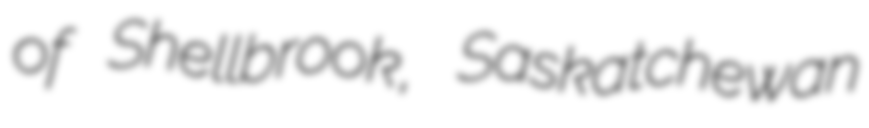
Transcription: of Shellbrook, Saskatchewan